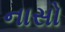
નાસો